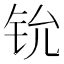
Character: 𫟵